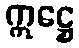
ဣဋ္ဌေ